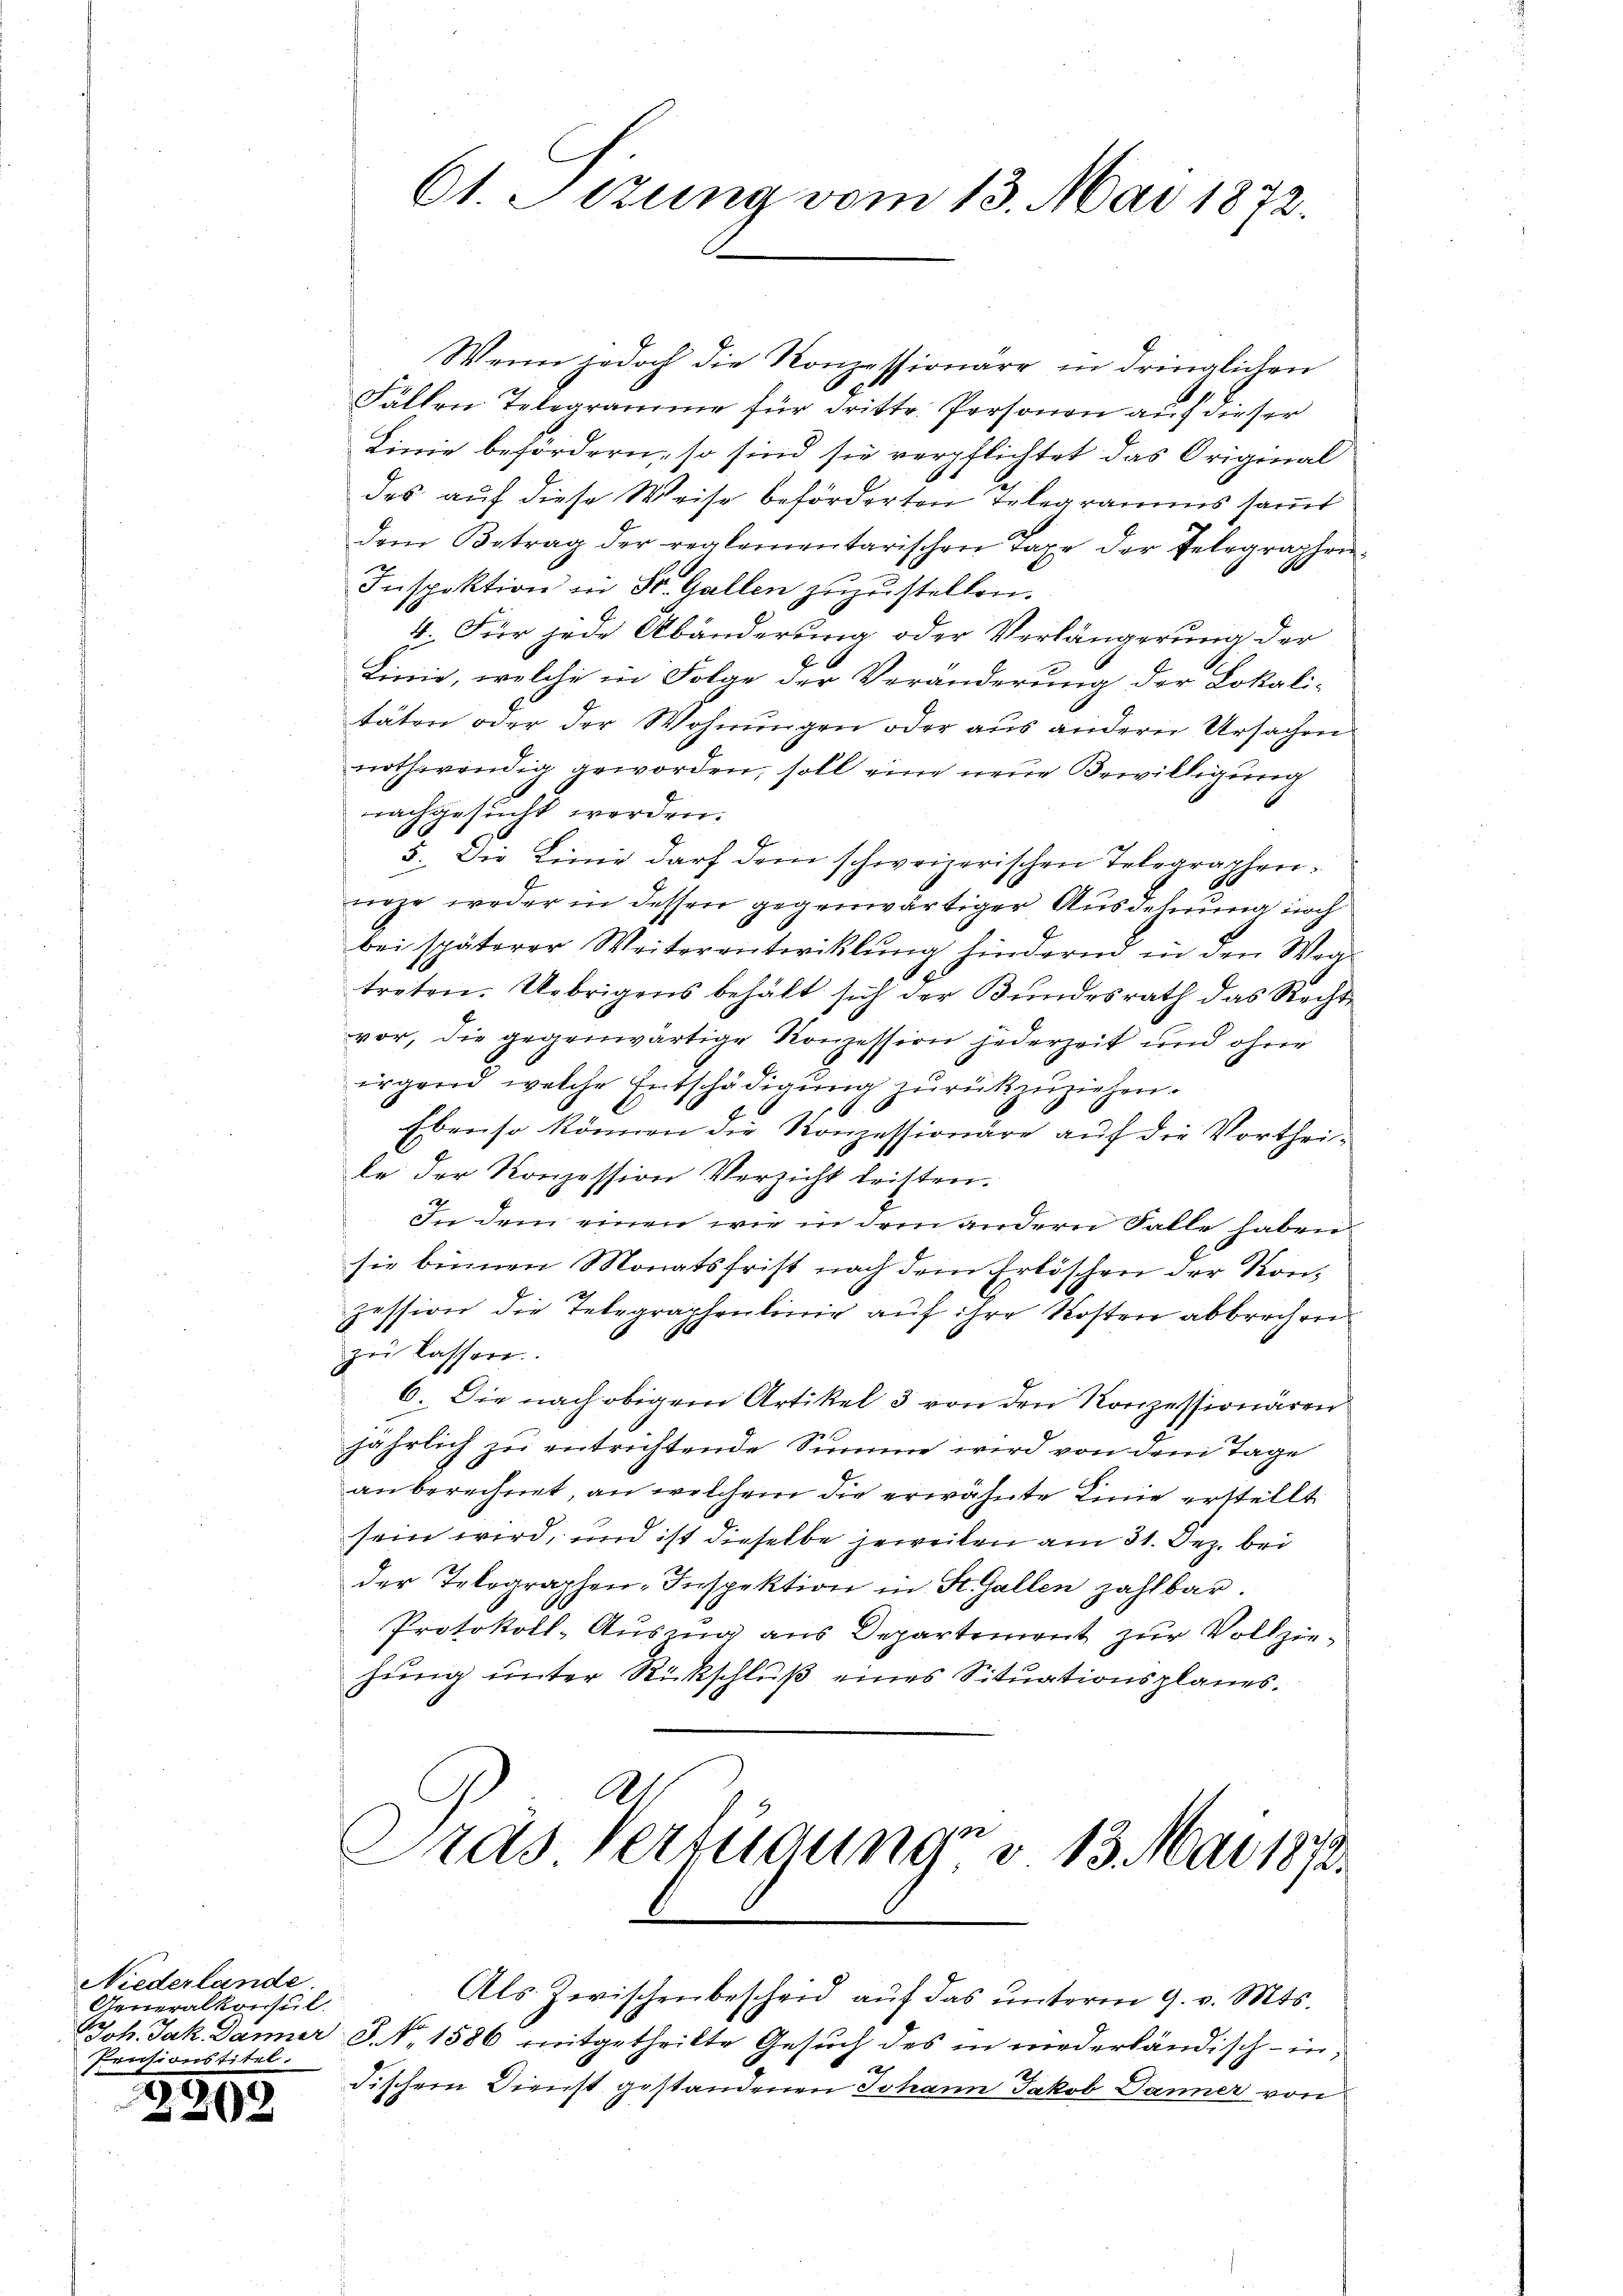
Niederlande.
Generalkonsul
Pensionstitel.

59.
202

61. Sizung vom 13. Mai 1872.

Wenn jedoch die Konzessionäre in dringlichen
Fällen Telegramme für dritte Personen auf dieser
Linie befördern, so sind sie verpflichtet das Original
des auf diese Weise beförderten Telegramms samt
dem Betrag der reglementarischen Taxe der Telegraphen-
Inspektion in St. Gallen zuzustellen.
4. Für jede Abänderung oder Verlängerung der
Linie, welche in Folge der Veränderung der Lokalitäten oder der Wohnungen oder aus andern Ursachen
nothwendig geworden, soll eine neue Bewilligung
nachgesucht werden.
5. Die Linie darf dem schweizerischen Telegraphennoze weder in dessen gegenwärtiger Ausdehnung noch
bei späterer Weiterentwicklung hindernd in den Weg¬
S
treten. Uebrigens behält sich der Bundesrath das Recht
vor, die gegenwärtige Konzession jederzeit und ohne
irgend welche Entschädigung zurückzuziehen.
6
Ebenso können die Konzessionäre auf die Vortheile der Konzession Verzicht leisten.
2
In dem einen wie in dem andern Falle haben
sie binnen Monatsfrist nach dem Erlöschen der Konzession die Telegraphenlinie auf ihre Kosten abbrechen
zu lassen.
6. Die nach obigem Artikel 3 von den Konzessionären
jährlich zu entrichtende Summe wird von dem Tage
an berechnet, an welchem die erwähnte Linie erstellt
sein wird, und ist dieselbe jeweilen am 31. Dez. bei
der Telegraphen-Inspektion in St. Gallen zahlbar.
Protokoll-Auszug aus Departement zur Vollziehung unter Rückschluß eines Situationsplanes.
Dras Verfügung d. 13. Mai 1872.
Als Zwischenbescheid auf das unterm 9. v. Mts.
Joh. Jak. Danner S. Nr. 1586 mitgetheilte Gesuch des in niederländisch-indischem Dienst gestandenen Johann Jakob Danner von